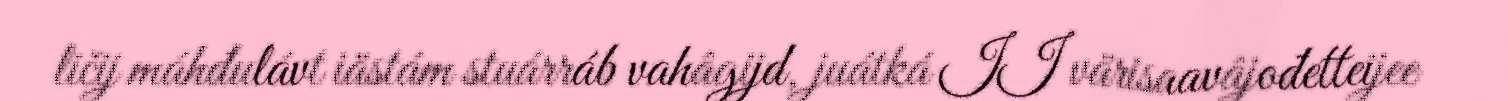
ličij máhđulávt iästám stuárráb vahâgijd, juátká II värisaavâjođetteijee